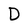
Character: D